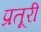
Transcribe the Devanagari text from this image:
प्रतूरी